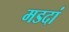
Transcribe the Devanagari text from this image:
मडदां